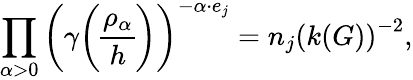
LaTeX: \prod_{\alpha>0}\left(\gamma{\rho_{\alpha}\overwithdelims()h}\right)^{-\alpha\cdot e_{j}}=n_{j}\left(k(G)\right)^{-2},